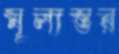
মূল্যস্তর